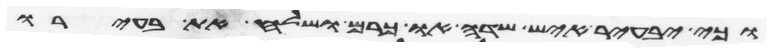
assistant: וכי יבעיר איש שדה או כרם ושלח את בעירו